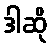
ဒါဆို